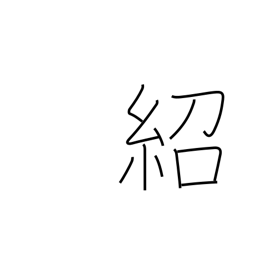
Meaning: introduce